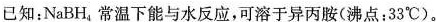
已知：NaBH_{4}常温下能与水反应，可溶于异丙胺(沸点：33^{\circ}C)。